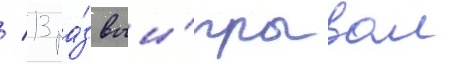
/ 13 ра́з выи́грывал